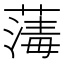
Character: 𦺇